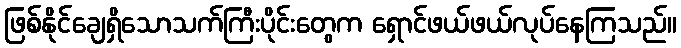
ဖြစ်နိုင်ချေရှိသောသက်ကြီးပိုင်းတွေက ရှောင်ဖယ်ဖယ်လုပ်နေကြသည်။